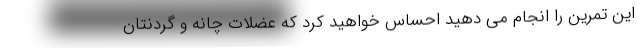
این تمرین را انجام می دهید احساس خواهید کرد که عضلات چانه و گردنتان